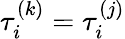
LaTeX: \tau_{i}^{(k)}=\tau_{i}^{(j)}